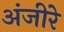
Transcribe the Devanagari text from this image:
अंजीरे